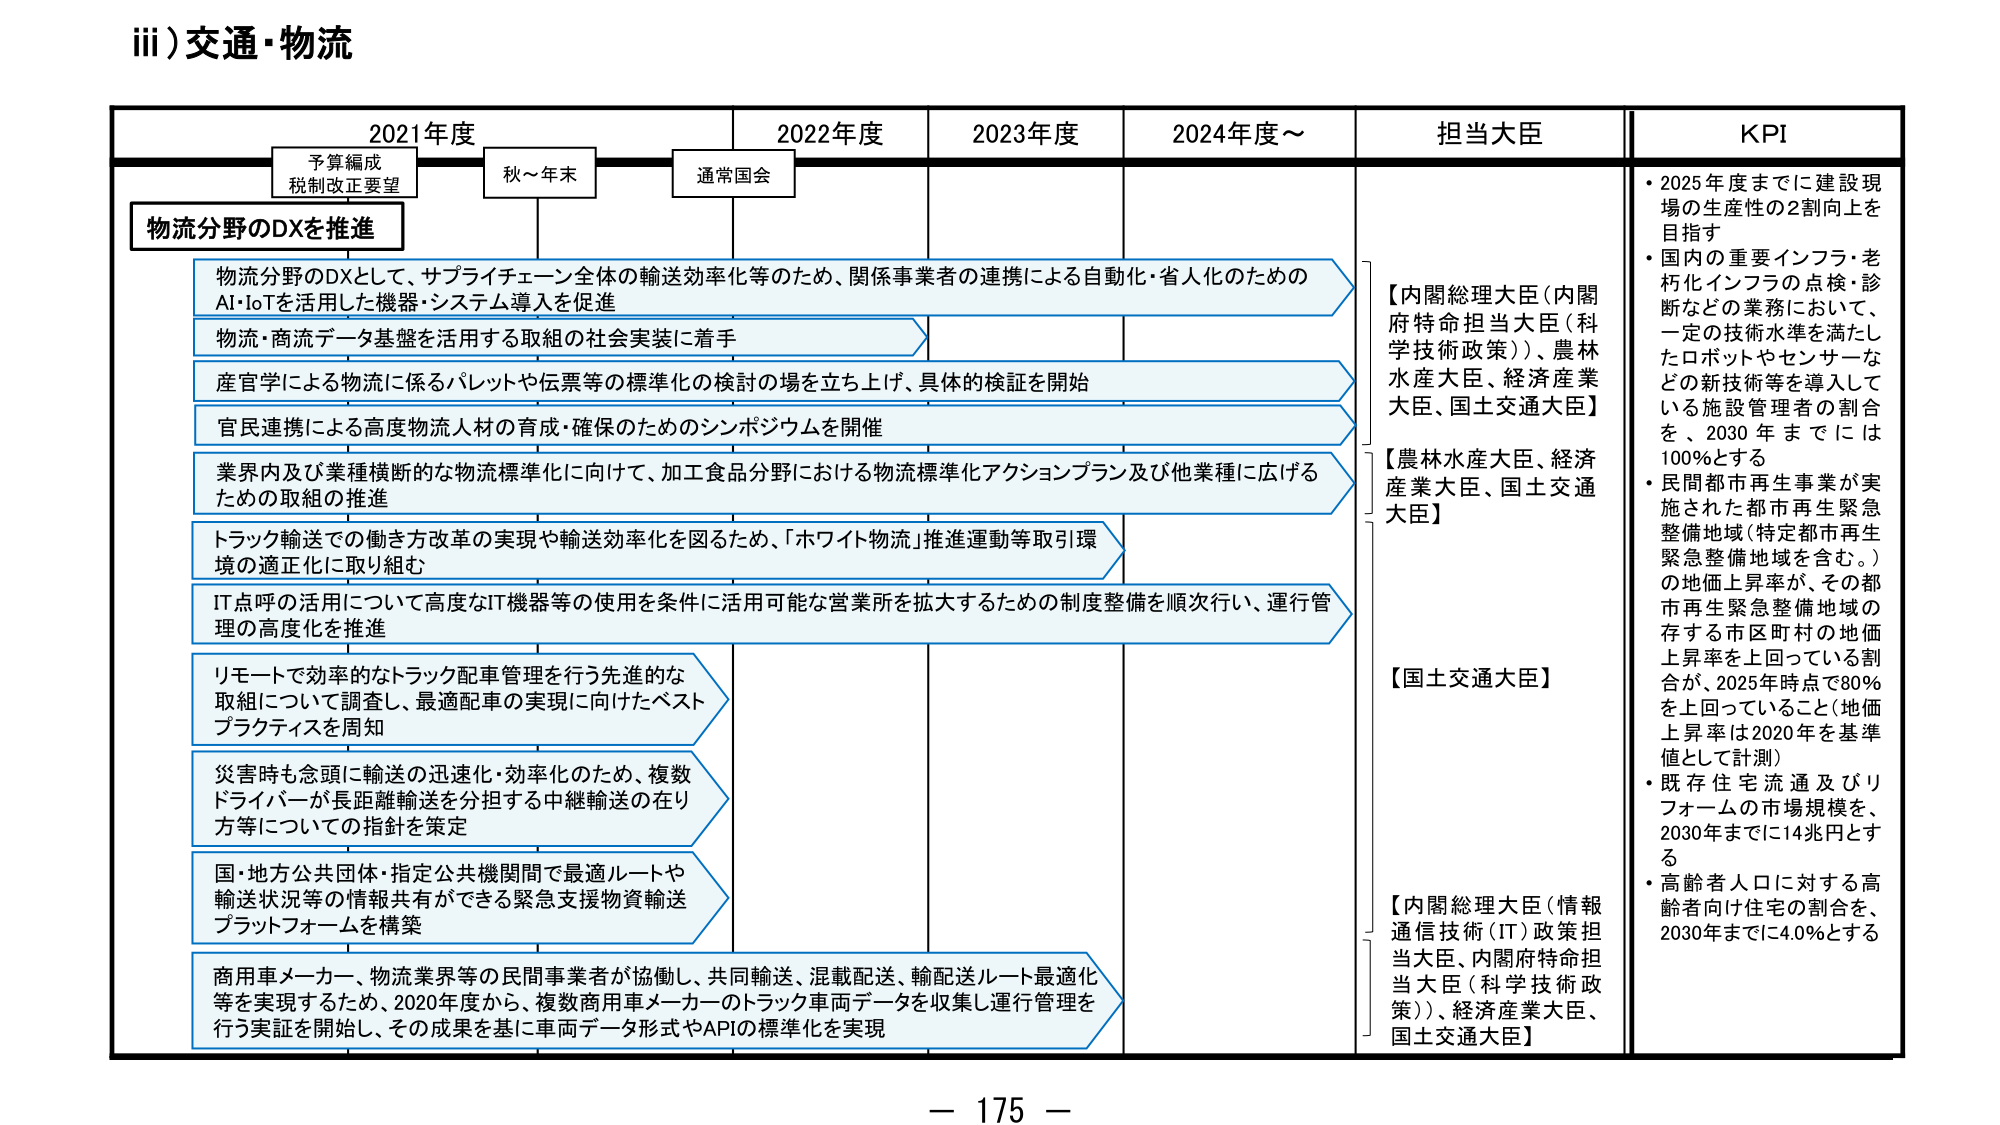
iii)交通・物流

2021年度　　　　　　　2022年度　　　　　2023年度　　　　　2024年度～　　　　　担当大臣　　　　　KPI

予算編成
税制改正要望

物流分野のDXを推進

物流分野のDXとして、サプライチェーン全体の輸送効率化等のため、関係事業者の連携による自動化・省人化のための
AI・IoTを活用した機器・システム導入を促進

物流・商流データ基盤を活用する取組の社会実装に着手

産官学による物流に係るパレットや伝票等の標準化の検討の場を立ち上げ、具体的検証を開始

官民連携による高度物流人材の育成・確保のためのシンポジウムを開催

業界内及び業種横断的な物流標準化に向けて、加工食品分野における物流標準化アクションプラン及び他業種に広げる
ための取組の推進

トラック輸送での働き方改革の実現や輸送効率化を図るため、「ホワイト物流」推進運動等取引環境の適正化に取り組む

IT点呼の活用について高度なIT機器等の使用を条件に活用可能な営業所を拡大するための制度整備を順次行い、運行管理の高度化を推進

リモートで効率的なトラック配車管理を行う先進的な
取組について調査し、最適配車の実現に向けたベスト
プラクティスを周知

災害時も念頭に輸送の迅速化・効率化のため、複数
ドライバーが長距離輸送を分担する中継輸送の在り
方等についての指針を策定

国・地方公共団体・指定公共機関間で最適ルートや
輸送状況等の情報共有ができる緊急支援物資輸送
プラットフォームを構築

商用車メーカー、物流業界等の民間事業者が協働し、共同輸送、混載配送、輸配送ルート最適化
等を実現するため、2020年度から、複数商用車メーカーのトラック車両データを収集し運行管理を
行う実証を開始し、その成果を基に車両データ形式やAPIの標準化を実現

【内閣総理大臣（内閣府特命担当大臣（科学技術政策））、農林水産大臣、経済産業大臣、国土交通大臣】

【農林水産大臣、経済産業大臣、国土交通大臣】

【国土交通大臣】

【内閣総理大臣（情報通信技術（IT）政策担当大臣、内閣府特命担当大臣（科学技術政策））、経済産業大臣、国土交通大臣】

・2025年度までに建設現場の生産性の2割向上を目指す
・国内の重要インフラ・老朽化インフラの点検・診断などの業務において、一定の技術水準を満たしたロボットやセンサーなどの新技術等を導入している施設管理者の割合を、2030年までには100％とする
・民間都市再生事業が実施された都市再生緊急整備地域（特定都市再生緊急整備地域を含む。）の地価上昇率が、その都市再生緊急整備地域の存する市区町村の地価上昇率を上回っている割合が、2025年時点で80％を上回っていること（地価上昇率は2020年を基準値として計測）
・既存住宅流通及びリフォームの市場規模を、2030年までに14兆円とする
・高齢者人口に対する高齢者向け住宅の割合を、2030年までに4.0％とする

秋～年末　　　　　通常国会

－ 175 －